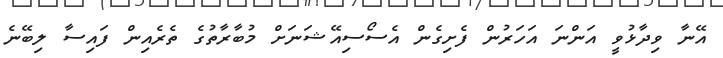
އޭނާ ވިދާޅުވީ އަންނަ އަހަރުން ފެށިގެން އެސޯސިއޭޝަނަށް މުބާރާތުގެ ތެރެއިން ފައިސާ ލިބޭނެ